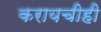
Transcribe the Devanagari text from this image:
करायचीही